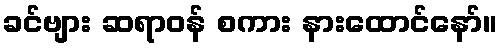
ခင်ဗျား ဆရာဝန် စကား နားထောင်နော်။